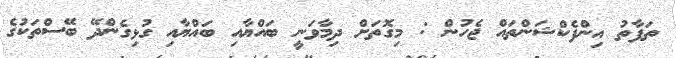
ތަފާތު އިންފެކްޝަންތައް ޖެހުން : މިގޮތަށް ދިމާވަނީ ބައްޔާއި ބައްޔާއި ގުޅިގެންދޭ ބޭސްތަކުގެ